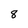
Character: 8